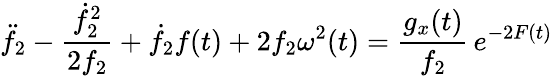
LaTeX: \ddot{f}_{2}-\frac{\dot{f}_{2}^{2}}{2f_{2}}+\dot{f}_{2}f(t)+2f_{2}\omega^{2}(t)=\frac{g_{x}(t)}{f_{2}}\, e^{-2F(t)}